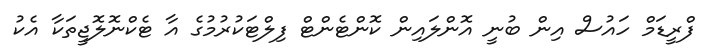
ފްރީޑަމް ހައުސް އިން ބުނީ އޮންލައިން ކޮންޓެންޓް ފިލްޓަކުރުމުގެ އާ ޓެކްނޮލޮޖީތަކާ އެކު